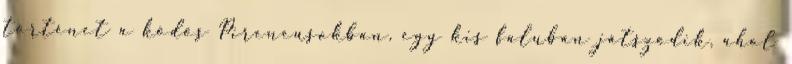
történet a ködös Pireneusokban, egy kis faluban játszódik, ahol